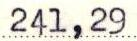
241,29